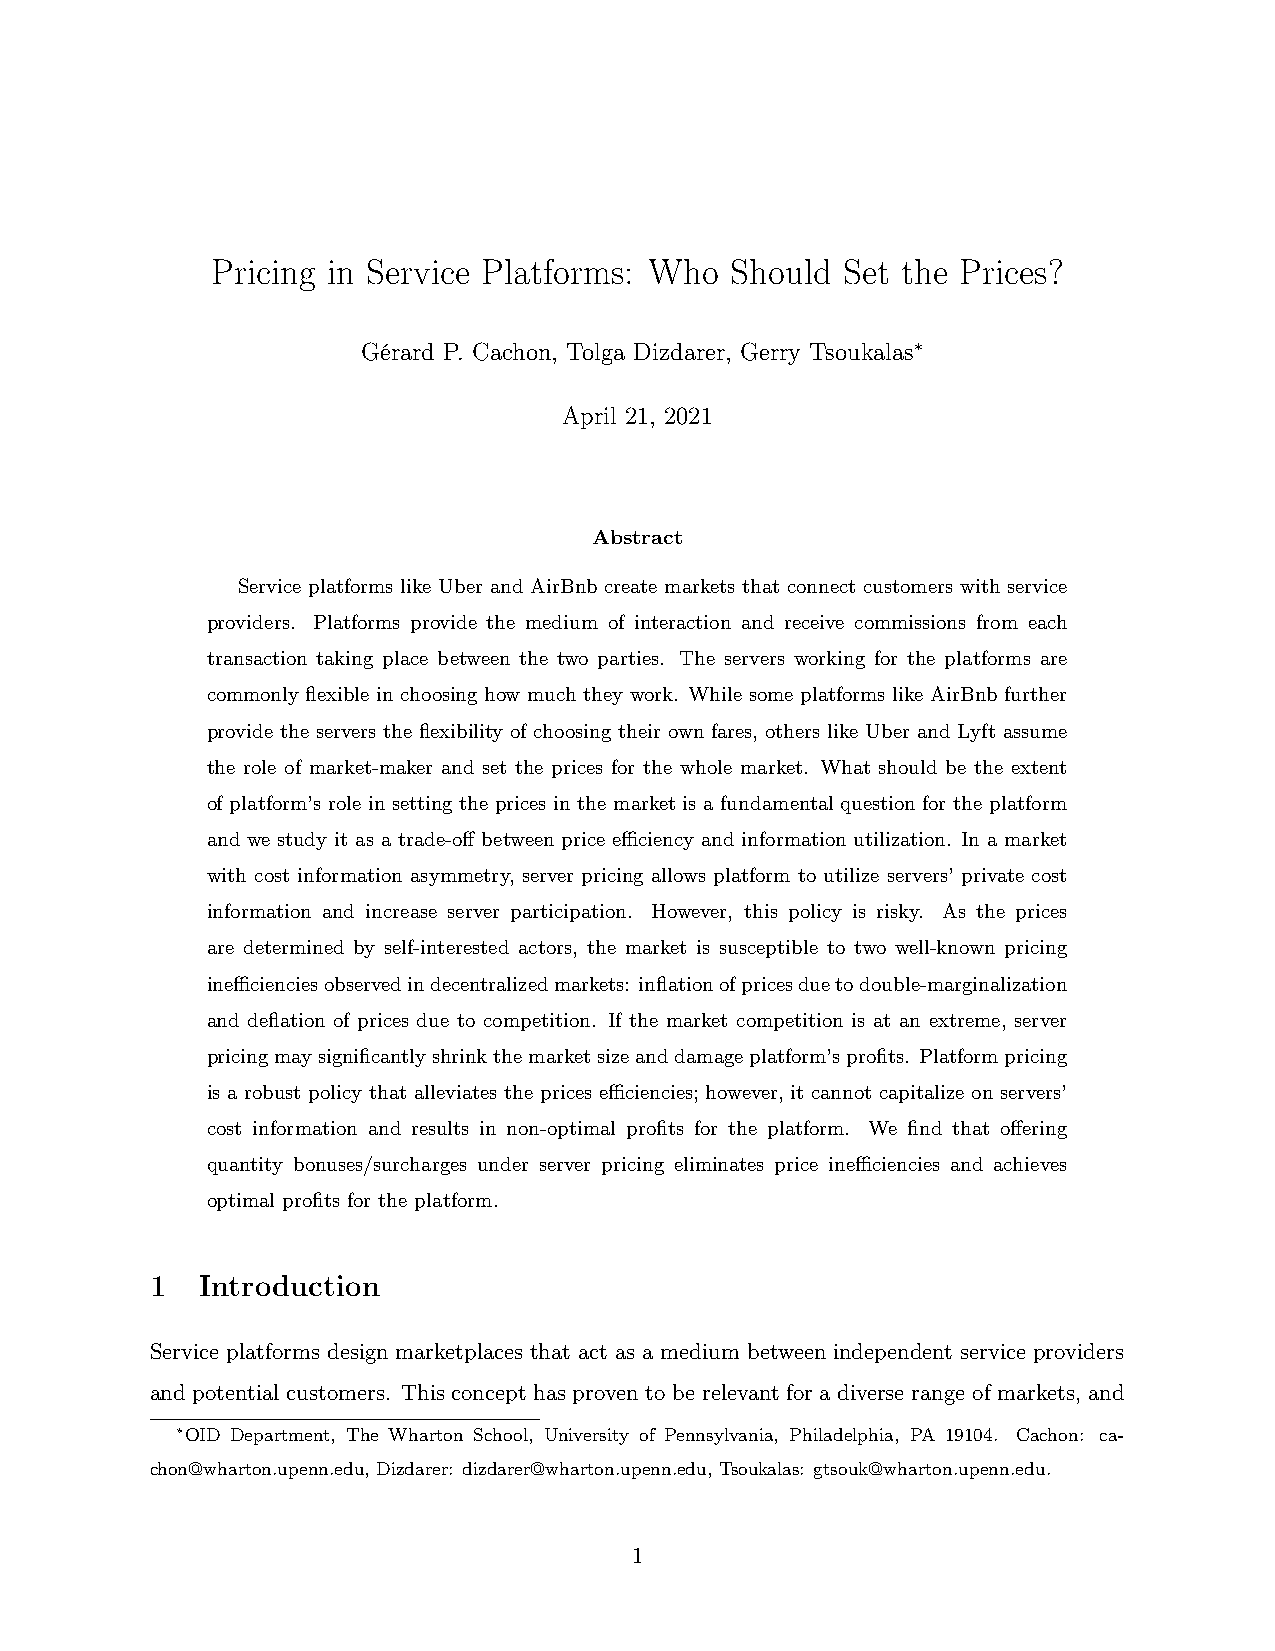
Pricing in Service Platforms: Who Should  Set the Prices?
 Gérard P. Cachon, Tolga Dizdarer, Gerry Tsoukalas∗
 April 21, 2021
 Abstract
 Service platforms like Uber and AirBnb create markets that connect customers with service
 providers. Platforms provide the medium of interaction and receive commissions from each
 transaction taking place between the two parties. The servers working for the platforms are
 commonly flexible in choosing how much they work. While some platforms like AirBnb further
 provide the servers the flexibility of choosing their own fares, others like Uber and Lyft assume
 the role of market-maker and set the prices for the whole market. What should be the extent
 of platform’s role in setting the prices in the market is a fundamental question for the platform
 and we study it as a trade-off between price efficiency and information utilization. In a market
 with cost information asymmetry, server pricing allows platform to utilize servers’ private cost
 information and increase server participation. However, this policy is risky. As the prices
 are determined by self-interested actors, the market is susceptible to two well-known pricing
 inefficienciesobservedindecentralizedmarkets: inflationofpricesduetodouble-marginalization
 and deflation of prices due to competition. If the market competition is at an extreme, server
 pricingmaysignificantlyshrinkthemarketsizeanddamageplatform’sprofits. Platformpricing
 is a robust policy that alleviates the prices efficiencies; however, it cannot capitalize on servers’
 cost information and results in non-optimal profits for the platform. We find that offering
 quantity bonuses/surcharges under server pricing eliminates price inefficiencies and achieves
 optimal profits for the platform.
 1  Introduction
 Service platforms design marketplaces that act as a medium between independent service providers
 and potential customers. This concept has proven to be relevant for a diverse range of markets, and
 ∗OID Department, The Wharton School, University of Pennsylvania, Philadelphia, PA 19104. Cachon: ca-
 chon@wharton.upenn.edu, Dizdarer: dizdarer@wharton.upenn.edu, Tsoukalas: gtsouk@wharton.upenn.edu.
 1